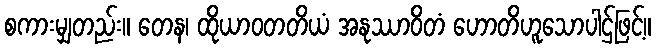
စကားမျှတည်း။ တေန၊ ထိုယာဝတတိယံ အနုဿာဝိတံ ဟောတိဟူသောပါဌ်ဖြင့်။